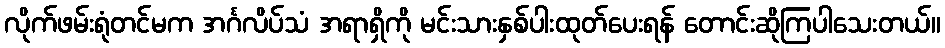
လိုက်ဖမ်းရုံတင်မက အင်္ဂလိပ်သံ အရာရှိကို မင်းသားနှစ်ပါးထုတ်ပေးရန် တောင်းဆိုကြပါသေးတယ်။